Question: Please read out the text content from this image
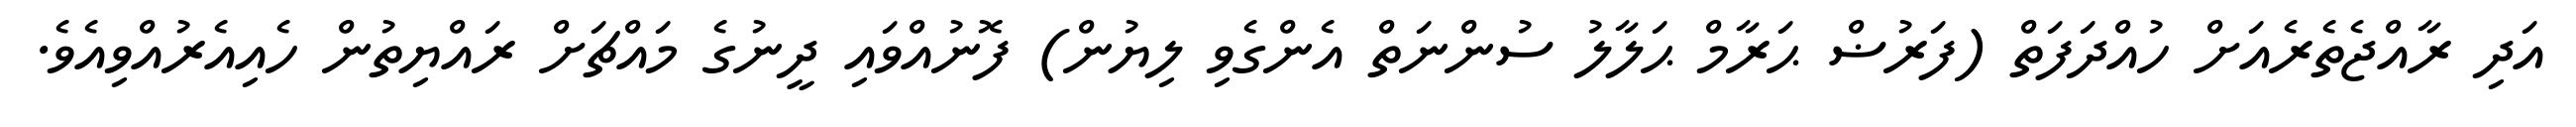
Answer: އަދި ރާއްޖެތެރެއަށް ހުއްދަފަތް (ފަރުޟް ޙަރާމް ޙަލާލު ސުންނަތް އެންގެވި ލިޔުން) ފޮނުއްވައި ދީނުގެ މައްޗަށް ރައްޔިތުން ހެއިއެރުއްވިއެވެ.